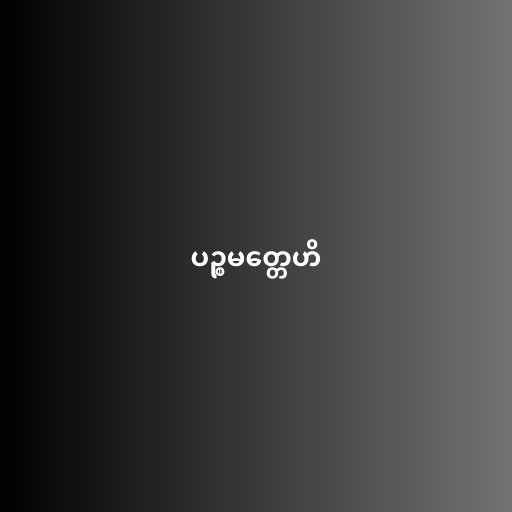
ပဉ္စမတ္တေဟိ